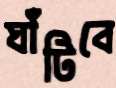
ঘাঁটিবে